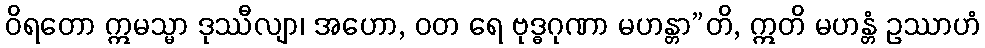
ဝိရတော ဣမသ္မာ ဒုဿီလျာ၊ အဟော, ဝတ ရေ ဗုဒ္ဓဂုဏာ မဟန္တာ”တိ, ဣတိ မဟန္တံ ဥဿာဟံ